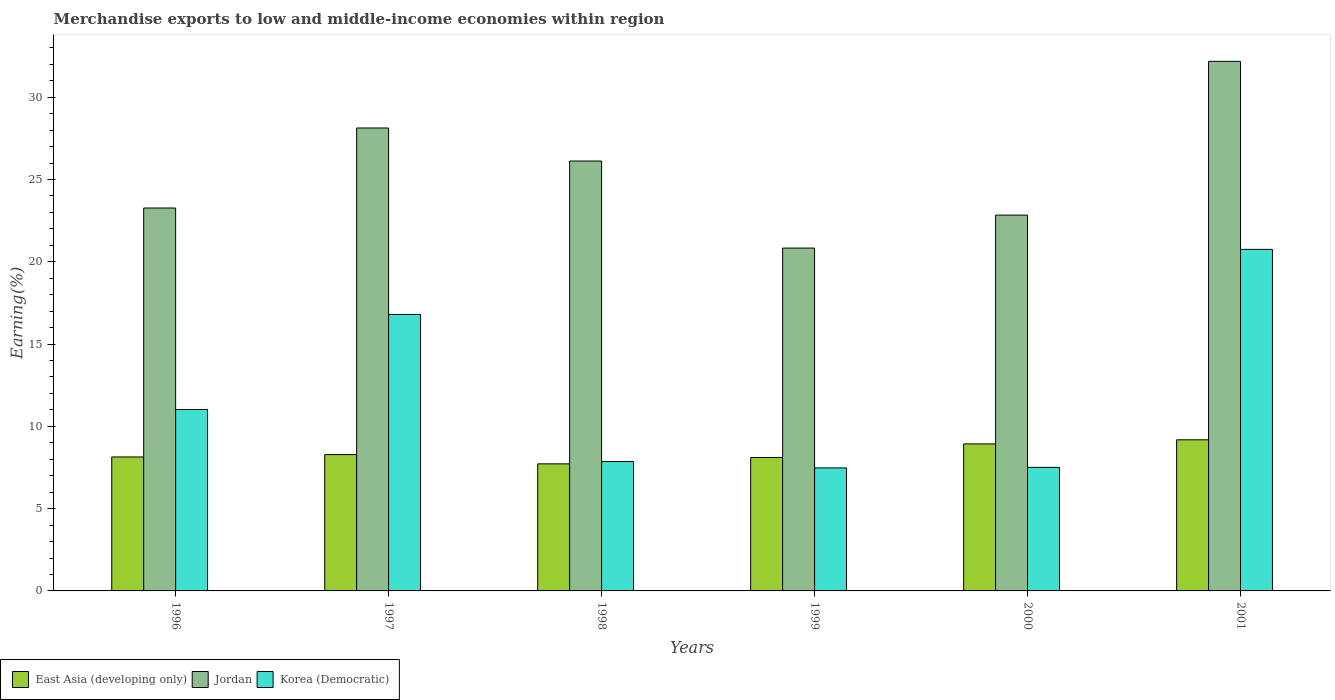
| Years | East Asia (developing only) | Jordan | Korea (Democratic) |
 | --- | --- | --- | --- |
 | 1996 | 8.14 | 23.3 | 11 |
 | 1997 | 8.28 | 28.1 | 16.8 |
 | 1998 | 7.72 | 26.1 | 7.86 |
 | 1999 | 8.11 | 20.8 | 7.48 |
 | 2000 | 8.93 | 22.8 | 7.51 |
 | 2001 | 9.18 | 32.2 | 20.8 |